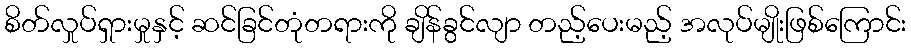
စိတ်လှုပ်ရှားမှုနှင့် ဆင်ခြင်တုံတရားကို ချိန်ခွင်လျာ တည့်ပေးမည့် အလုပ်မျိုးဖြစ်ကြောင်း